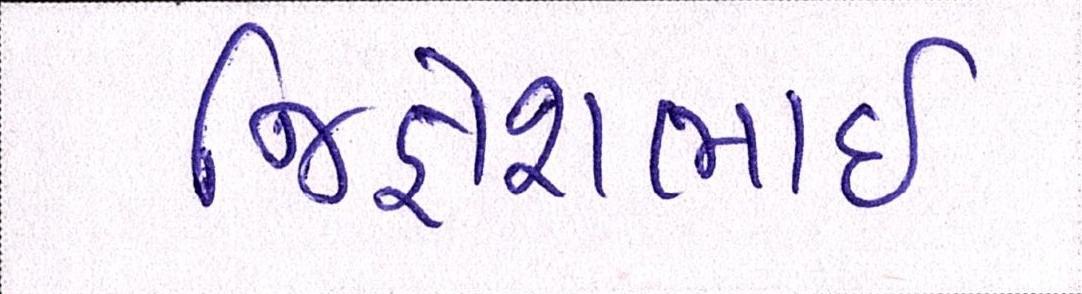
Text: જિજ્ઞેશભાઇ